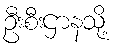
ဦးစီးဌာနသို့